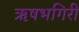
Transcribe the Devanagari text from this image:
ऋषभगिरी